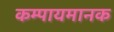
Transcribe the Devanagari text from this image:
कम्पायमानक